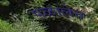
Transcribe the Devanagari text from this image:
पळालेच